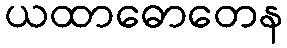
ယထာဓောတေန